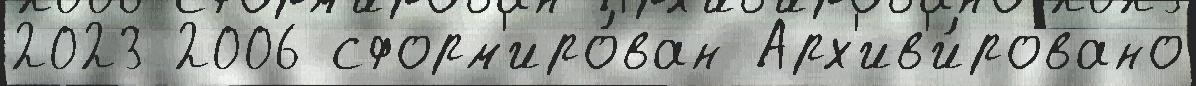
2023 2006 сформ'иро́ван Арх'ив'и́ровано